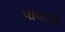
પાવઠી